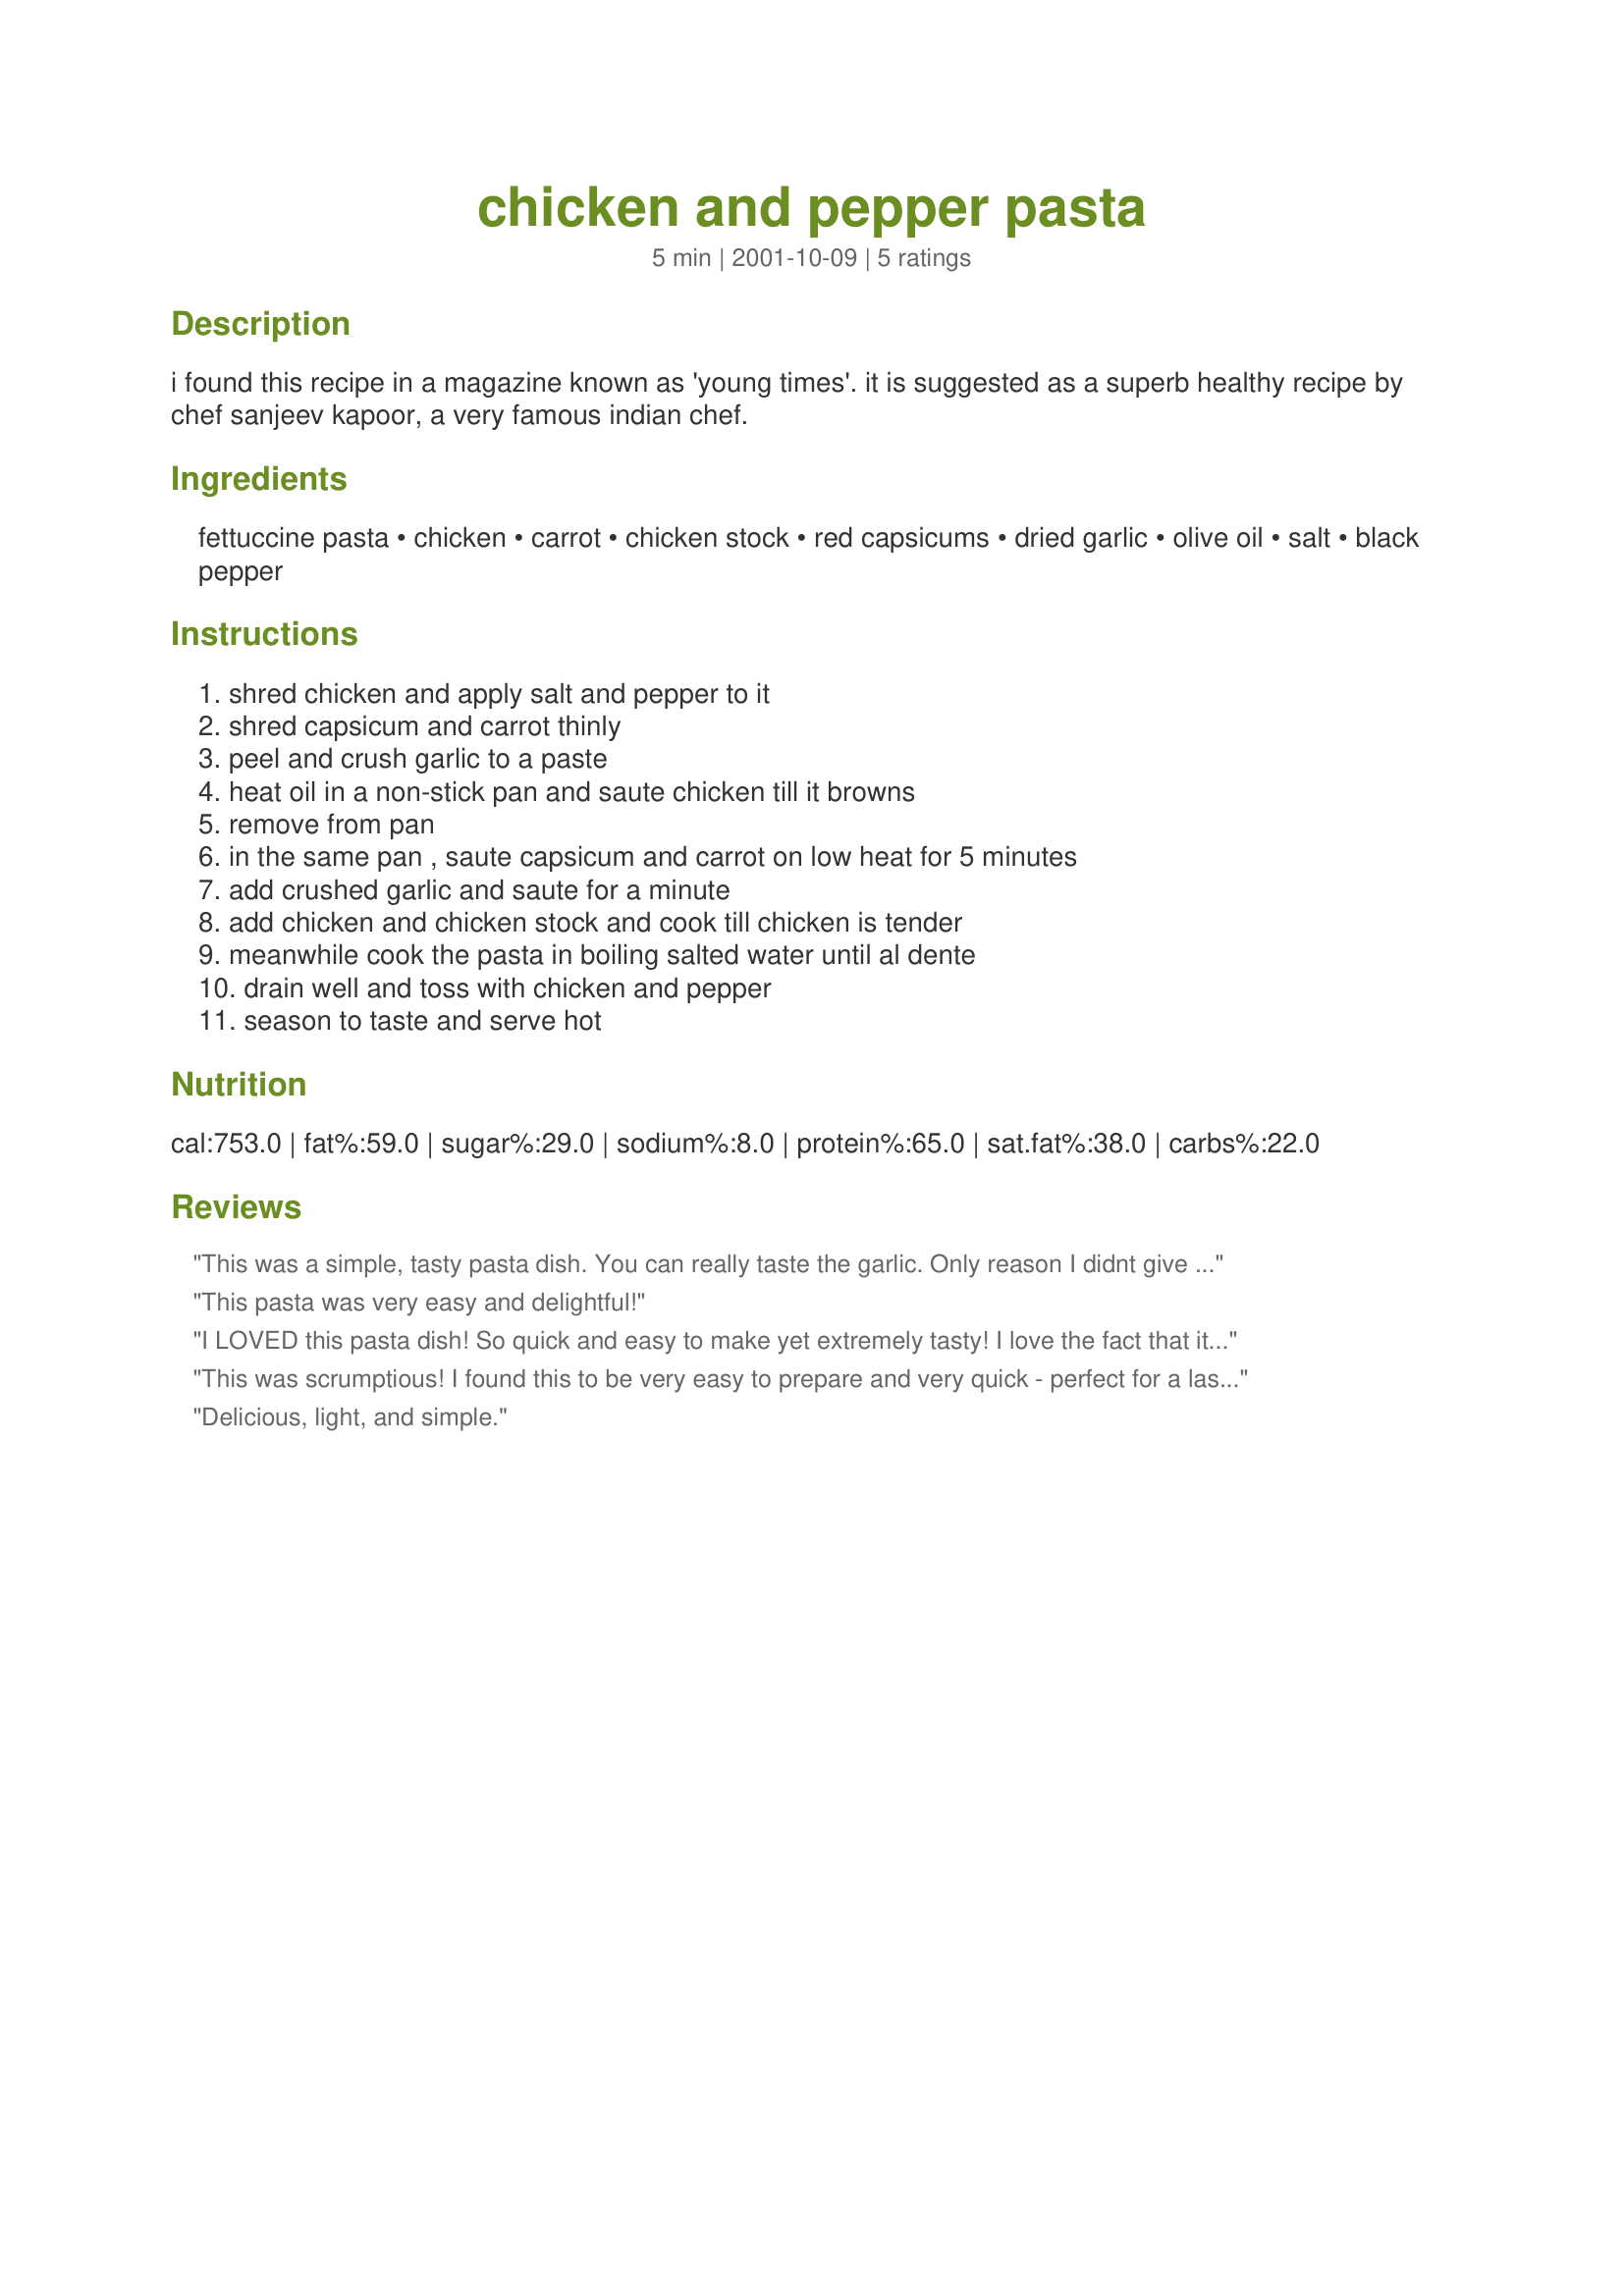
chicken and pepper pasta
Preparation time: 5 minutes

i found this recipe in a magazine known as 'young times'. it is suggested as a superb healthy recipe by chef sanjeev kapoor, a very famous indian chef.

Ingredients:
fettuccine pasta, chicken, carrot, chicken stock, red capsicums, dried garlic, olive oil, salt, black pepper

Steps:
shred chicken and apply salt and pepper to it, shred capsicum and carrot thinly, peel and crush garlic to a paste, heat oil in a non-stick pan and saute chicken till it browns, remove from pan, in the same pan , saute capsicum and carrot on low heat for 5 minutes, add crushed garlic and saute for a minute, add chicken and chicken stock and cook till chicken is tender, meanwhile cook the pasta in boiling salted water until al dente, drain well and toss with chicken and pepper, season to taste and serve hot

Reviews:
This was a simple, tasty pasta dish. You can really taste the garlic. Only reason I didnt give five stars is because I prefer other pasta recipes with a bit of spice.
This pasta was very easy and delightful!
I LOVED this pasta dish! So quick and easy to make yet extremely tasty! I love the fact that it's light and healthy! I didn't have red pepper so used green and had to use bottled minced garlic. Still, the results were awesome. Thanks so much, Charishma!!
This was scrumptious! I found this to be very easy to prepare and very quick - perfect for a last minute dinner. It looked lovely with the bright red pepper strips and the blend of flavors was just right. I chose to drizzle a little hot chili oil over my portion to give it some fire. I did decrease the amount of cooking oil in the recipe to just 1 Tbsp, which I thought was plenty. (Also, where the directions say to shred the pepper & chicken I thinly sliced them into strips.) This was delicious, thanks!
Delicious, light, and simple.
